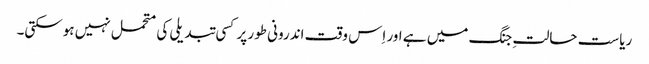
ریاست حالتِ جنگ میں ہے اور اِس وقت اندرونی طور پر کسی تبدیلی کی متحمل نہیں ہوسکتی۔